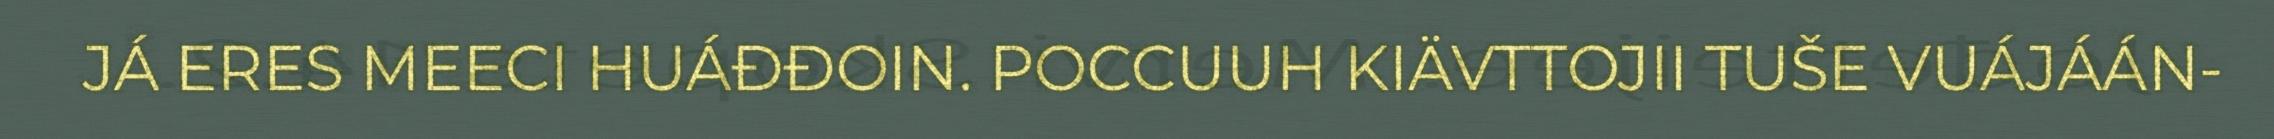
JÁ ERES MEECI HUÁĐĐOIN. POCCUUH KIÄVTTOJII TUŠE VUÁJÁÁN-